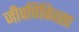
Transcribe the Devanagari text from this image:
जीवचिकित्सा